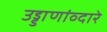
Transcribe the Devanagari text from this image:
उड्डाणांव्दारे